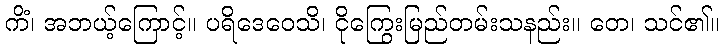
ကိံ၊ အဘယ့်ကြောင့်။ ပရိဒေဝေသိ၊ ငိုကြွေးမြည်တမ်းသနည်း။ တေ၊ သင်၏။